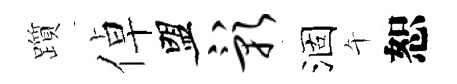
躓倬盟影涸午恕